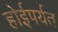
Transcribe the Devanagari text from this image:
होईपर्यत